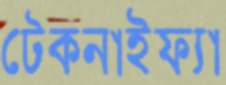
টেকনাইফ্যা